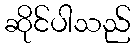
ဆိုင်ပါသည်